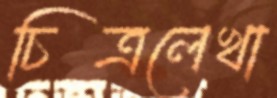
চিত্রলেখা